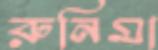
রুনিমা